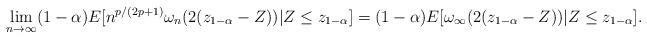
LaTeX: \begin{align*}\lim_{n\to \infty} (1-\alpha)E[n^{p/(2p+1)}\omega_n(2(z_{1-\alpha}-Z))|Z\le z_{1-\alpha}]=(1-\alpha)E[\omega_\infty(2(z_{1-\alpha}-Z))|Z\le z_{1-\alpha}].\end{align*}